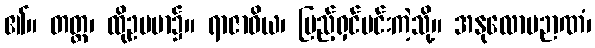
၏။ တတ္ထ၊ ထိုဥပမာ၌။ ရာဇာဝိယ၊ ပြည့်ရှင်မင်းကဲ့သို့။ အနုလောမဉာဏံ၊